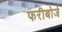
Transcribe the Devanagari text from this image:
फरीबोर्ज